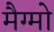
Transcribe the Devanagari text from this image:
मैग्मो